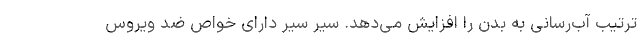
ترتیب آب‌رسانی به بدن را افزایش می‌دهد. سیر سیر دارای خواص ضد ویروس